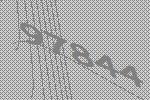
97844